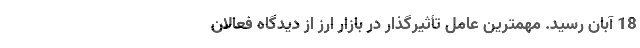
18 آبان رسید. مهمترین عامل تأثیرگذار در بازار ارز از دیدگاه فعالان